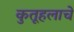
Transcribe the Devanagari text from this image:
कुतूहलाचे